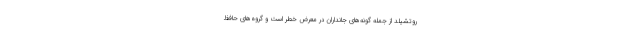
روتشیلد از جمله گونه‌های جانداران در معرض خطر است و گروه‌های حافظ